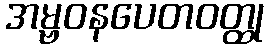
အမ္ဗဝနပေတဝတ္ထု